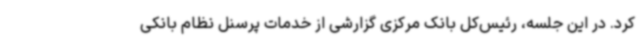
کرد. در این جلسه، رئیس‌کل بانک مرکزی گزارشی از خدمات پرسنل نظام بانکی